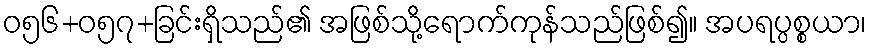
ဝ၅၆+၀၅၇+ခြင်းရှိသည်၏ အဖြစ်သို့ရောက်ကုန်သည်ဖြစ်၍။ အပရပ္ပစ္စယာ၊